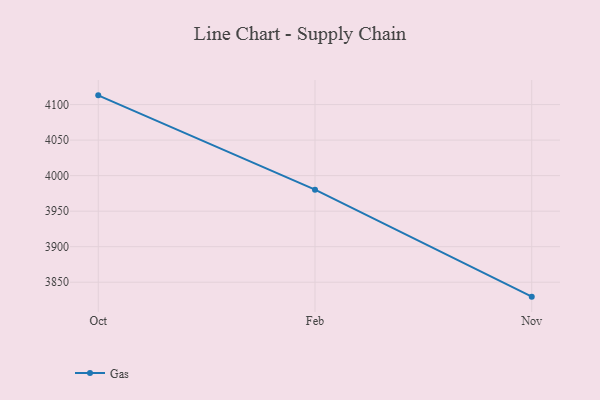
{"axis": {"x": "Month", "y": "Gross Profit (USD K)"}, "legend": ["Gas"], "data": [{"x": "Oct", "y": 4113.0, "type": "Gas"}, {"x": "Feb", "y": 3980.3, "type": "Gas"}, {"x": "Nov", "y": 3829.7, "type": "Gas"}]}